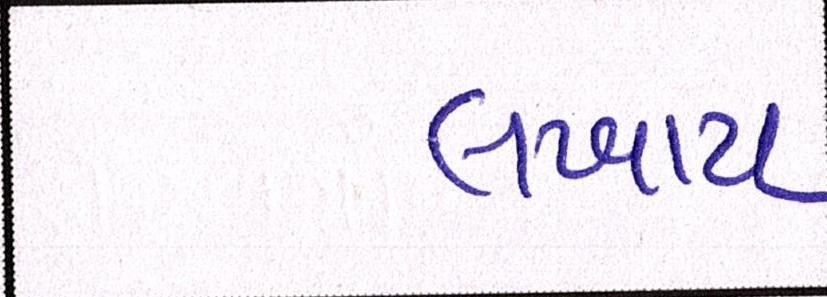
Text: લખાય